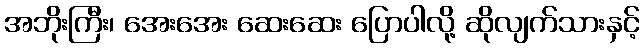
အဘိုးကြီး၊ အေးအေး ဆေးဆေး ပြောပါလို့ ဆိုလျက်သားနှင့်